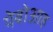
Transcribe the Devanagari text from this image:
येबोआह